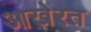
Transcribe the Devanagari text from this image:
आखेरत